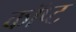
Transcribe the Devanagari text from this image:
कॉप्ट